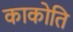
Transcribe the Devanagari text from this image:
काकोति